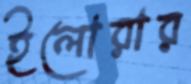
ইলোরার